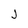
Character: J